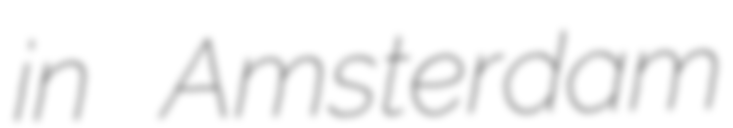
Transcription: in Amsterdam